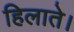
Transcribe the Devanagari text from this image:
हिलाते।